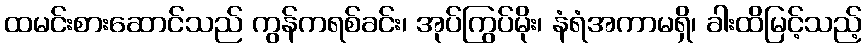
ထမင်းစားဆောင်သည် ကွန်ကရစ်ခင်း၊ အုပ်ကြွပ်မိုး၊ နံရံအကာမရှိ၊ ခါးထိမြင့်သည့်